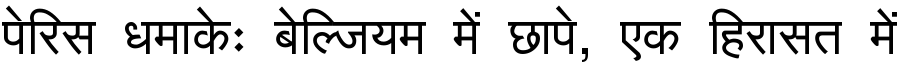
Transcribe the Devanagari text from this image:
पेरिस धमाकेः बेल्जियम में छापे, एक हिरासत में